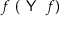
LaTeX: f \ ( { \textsf { Y } } \ f )